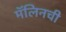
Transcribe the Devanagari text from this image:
मॅलिनची